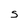
Character: S